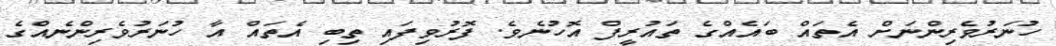
ހުނަރުވެރިންނަށް އެތައް ބައެއްގެ ތައުރީފް އޮހުނެވެ. ފޮރުވިފައި ތިބި އެތައް އާ ހުނަރުވެރިންނެއްގެ